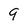
Character: 9